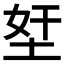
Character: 𡋖